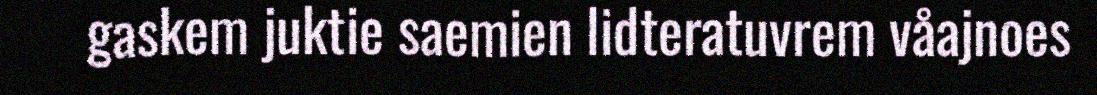
gaskem juktie saemien lidteratuvrem våajnoes